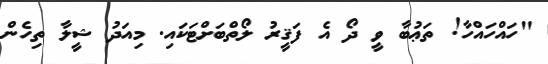
"ހައްހައްހާ! ތަޢުބާ ވީ ދޯ އެ ފަޤީރު ލޯތްބަށްޓަކައި. މިއަދު ޝީލާ ތިހެން